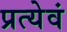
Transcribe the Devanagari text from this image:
प्रत्येवं